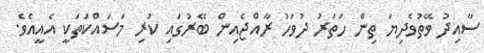
ސާއިދު ވޭތުވެދިޔަ ތިން ހަތަރު ދުވަހު ރާއްޖެއިން ބޭރުގައި ކުރި މަސައްކަތަކީ އެއީއެވެ.